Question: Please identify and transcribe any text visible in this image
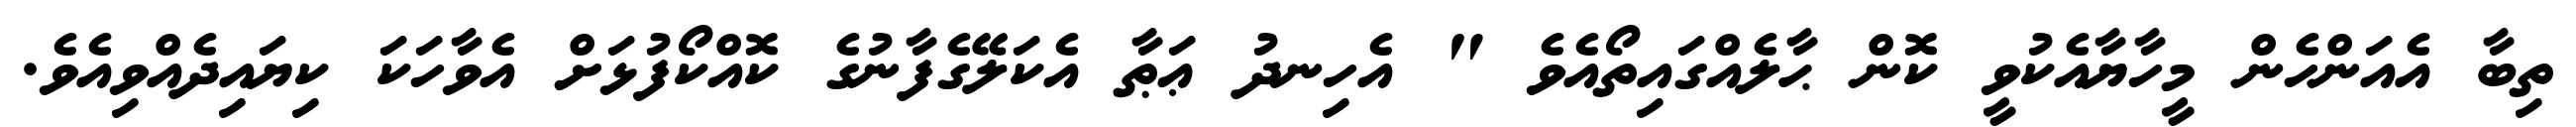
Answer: ތިބާ އެއަންހެން މީހާޔާއެކުވީ ކޮން ޙާލެއްގައިތޯއެވެ " އެހިނދު ޢަޠާ އެކަލޭގެފާނުގެ ކޮއްކޯފުޅަށް އެވާހަކަ ކިޔައިދެއްވިއެވެ.